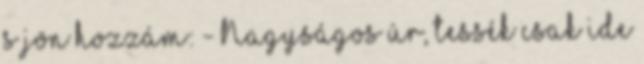
s jön hozzám: - Nagyságos úr, tessék csak ide